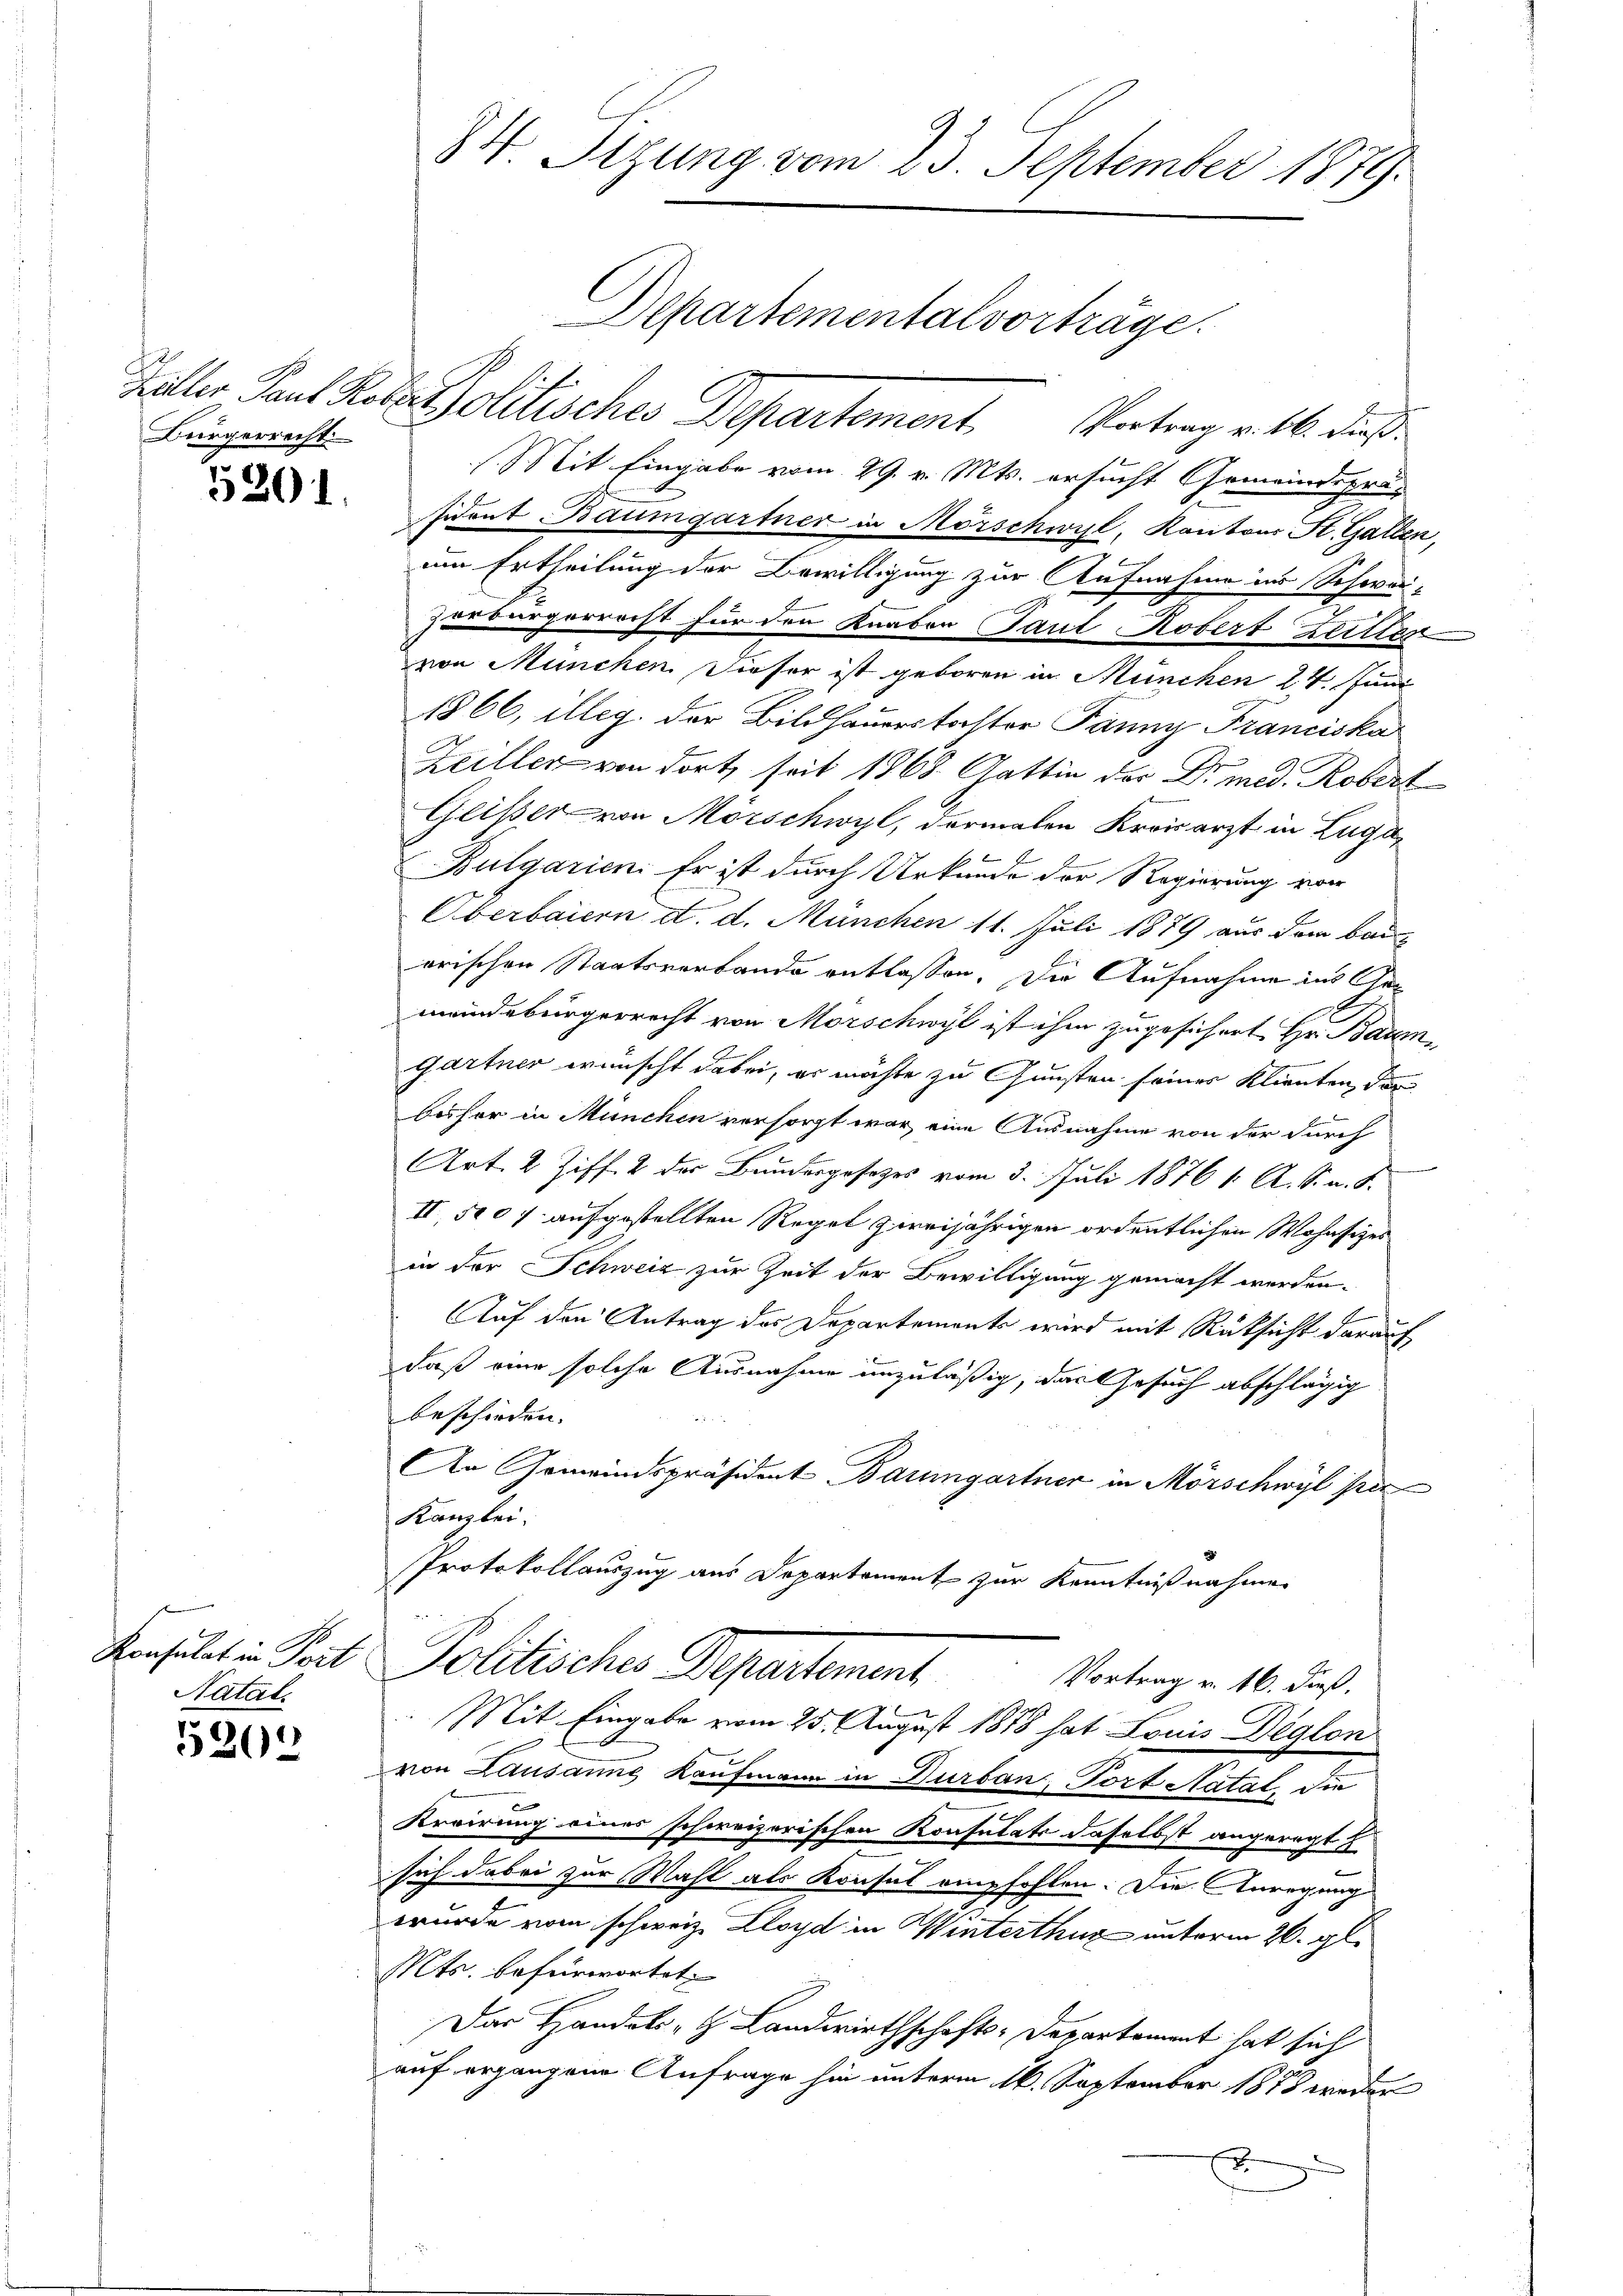
Bürgerrecht

5200

5301.

Natal.

Kelter Tant Rote Politisches Departement. Vertrag v. 16. dieß
(Mit Eingabe vom 29. v. Mts. ersucht Gemeindsprä-
sident Baumgartner in Mörschwyl, Kantons Kt. Gallen,
um Ertheilung der Bewilligung zur Aufnahme ins Schwei-
zerbürgerrecht für den Knaben Paul Robert Zeitter
von München. Dieser ist geboren in München 24. Juni
1866, illeg. der Bildhauerstoster Panny Franciska
Heiller von dort, seit 1868 Gattin der Dr. med. Robert
Geißer von Mörschwyl, dermalen Kreisarzt in Luga
Bulgarien. Er ist durch Urkunde der Regierung von
Oberbaiern d. d. München 11. Juli 1879 aus dem Bau
orischen Staatsverbande entlassen. Die Aufnahme ins Gemeindebürgerrecht von Morschwyl ist ihm zugesichert Hr. Baumgartner wünscht dabei, er möchte zu Gunsten seiner Klienten, der
bisher in München versorgt war eine Ausnahme von der durch
Art. 2 Ziff. 2 des Bundesgesetzes vom 3. Juli 1876 1. A. Sn. 8
II, No 0 f aufgestellten Regel zweijährigen ordentlichen Wohnsizes
in der Schweiz zur Zeit der Bewilligung gemacht werden.
Auf den Antrag des Departements wird mit Rücksicht darauf
daß eine solche Ausnahme unzuläßig, das Gesuch abschlägig
beschieden.
An Gemeindspräsident Barngartner in Mörschwyl per
Kanzlei.
Protokollauszug aus Departement zur Kenntnißnahme
Konsulat in Seit Politisches Departement
Vortrag u. 16. dieß,
Mit Eingabe vom 25. August 1878 hat Louis Deglon
von Lausanne Kaufmann in Durban, Tort Ratat, die
Krvirung eines schweizerischen Konsulate daselbst angeregt
sich dabei zur Wahl als Konsul empfohlen. Die Anregung
e
wurde vom schweiz. Lloyd in Winterthur unterm 26. gl.
Mts. befürwortet.
Das Handels- & Landwirthschafts-Departament hat sich
auf ergangen Anfrage hin unterm 16. September 1878 weder
3.

84 Sizung vom 23. September 1879.

Departementalvorträge.